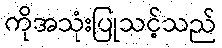
ကိုအသုံးပြုသင့်သည်